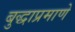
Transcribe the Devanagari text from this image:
बुद्धाप्रमाणे